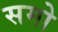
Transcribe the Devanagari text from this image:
समो